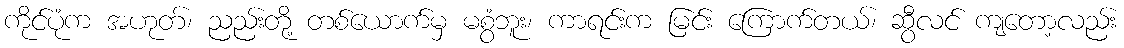
ကိုင်ပုံက အဟုတ်၊ ညည်းတို့ တစ်ယောက်မှ မစွံဘူး၊ ကာရင်းက မြင်း ကြောက်တယ်၊ ဆွီလင် ကျတော့လည်း